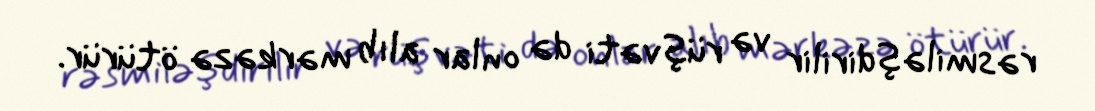
rəsmiləşdirilir və rüşvəti də onlar alıb mərkəzə ötürür.